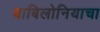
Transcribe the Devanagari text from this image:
बाबिलोनियाचा